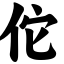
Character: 佗